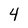
Character: 4